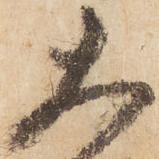
大